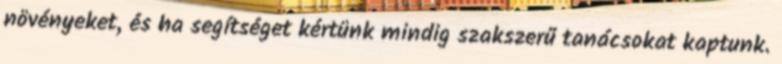
növényeket, és ha segítséget kértünk mindig szakszerű tanácsokat kaptunk.